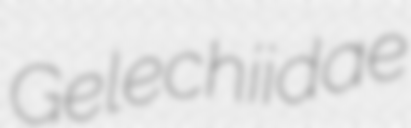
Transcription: Gelechiidae